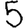
Digit: 5